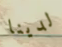
لدينا